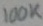
Text: 100K